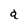
Character: a